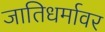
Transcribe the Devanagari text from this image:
जातिधर्मावर